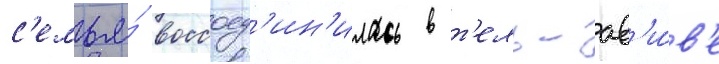
с'емья́ воссоед'ин'илась в т'ель-ав'и́в'е